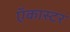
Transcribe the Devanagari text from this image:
ऍकास्टर